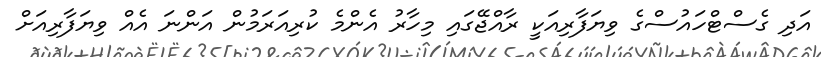
އަދި ގެސްޓްހައުސްގެ ވިޔަފާރިއަކީ ރާއްޖޭގައި މިހާރު އެންމެ ކުރިއަރަމުން އަންނަ އެއް ވިޔަފާރިއަށް